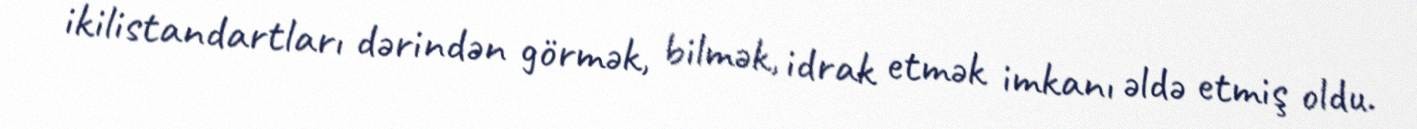
ikilistandartları dərindən görmək, bilmək, idrak etmək imkanı əldə etmiş oldu.